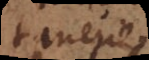
tanerie.